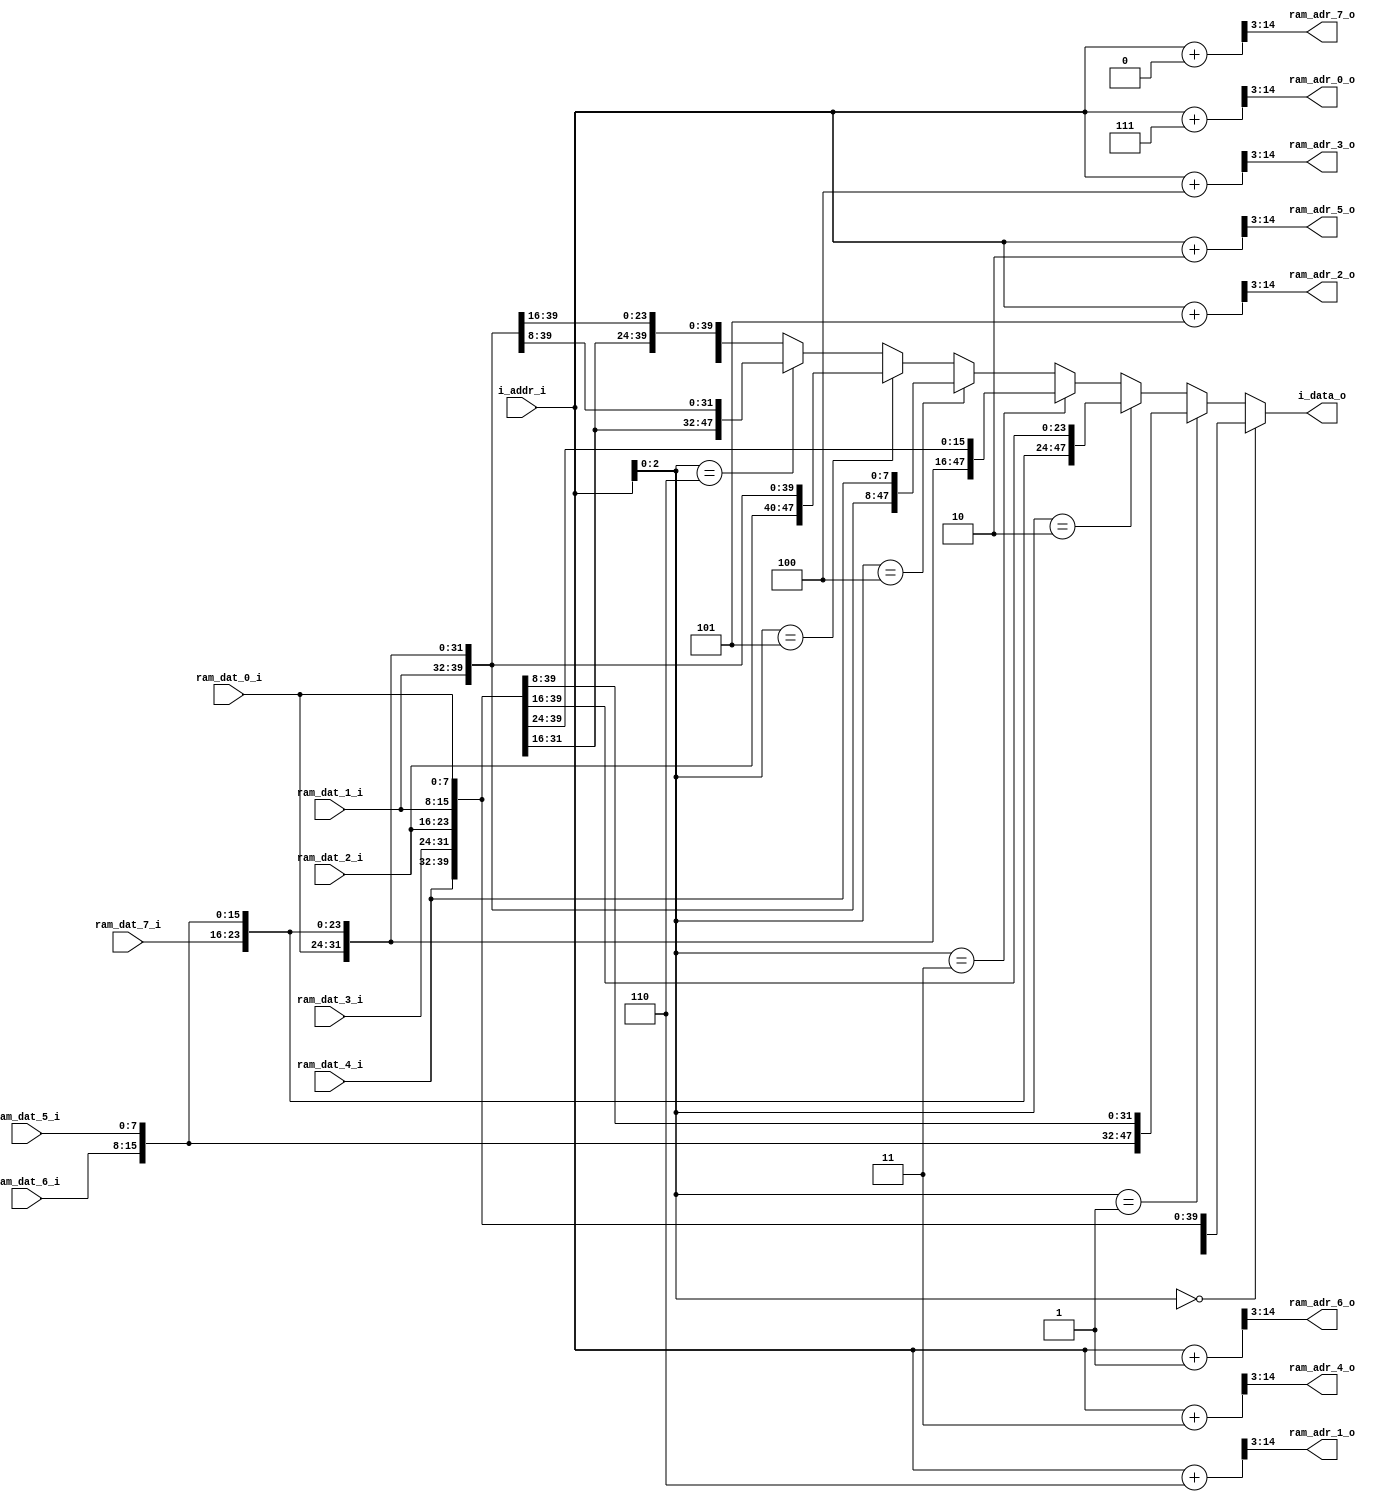
module checker_mpu_to_ram (
  output [47:0] i_data_o,
  input [14:0] i_addr_i,

  output [11:0] ram_adr_0_o,
  output [11:0] ram_adr_1_o,
  output [11:0] ram_adr_2_o,
  output [11:0] ram_adr_3_o,
  output [11:0] ram_adr_4_o,
  output [11:0] ram_adr_5_o,
  output [11:0] ram_adr_6_o,
  output [11:0] ram_adr_7_o,

  input [7:0] ram_dat_0_i,
  input [7:0] ram_dat_1_i,
  input [7:0] ram_dat_2_i,
  input [7:0] ram_dat_3_i,
  input [7:0] ram_dat_4_i,
  input [7:0] ram_dat_5_i,
  input [7:0] ram_dat_6_i,
  input [7:0] ram_dat_7_i
);

wire [2:0] i_addr_mod8 = i_addr_i[2:0];

wire [11:0] ram_adr [7:0];
assign ram_adr_0_o = ram_adr[0];
assign ram_adr_1_o = ram_adr[1];
assign ram_adr_2_o = ram_adr[2];
assign ram_adr_3_o = ram_adr[3];
assign ram_adr_4_o = ram_adr[4];
assign ram_adr_5_o = ram_adr[5];
assign ram_adr_6_o = ram_adr[6];
assign ram_adr_7_o = ram_adr[7];

assign i_data_o = 
  (i_addr_mod8 == 0) ? {ram_dat_5_i, ram_dat_4_i, ram_dat_3_i, ram_dat_2_i,
    ram_dat_1_i, ram_dat_0_i} :
  (i_addr_mod8 == 1) ? {ram_dat_6_i, ram_dat_5_i, ram_dat_4_i, ram_dat_3_i,
    ram_dat_2_i, ram_dat_1_i} :
  (i_addr_mod8 == 2) ? {ram_dat_7_i, ram_dat_6_i, ram_dat_5_i, ram_dat_4_i,
    ram_dat_3_i, ram_dat_2_i} :
  (i_addr_mod8 == 3) ? {ram_dat_0_i, ram_dat_7_i, ram_dat_6_i, ram_dat_5_i,
    ram_dat_4_i, ram_dat_3_i} :
  (i_addr_mod8 == 4) ? {ram_dat_1_i, ram_dat_0_i, ram_dat_7_i, ram_dat_6_i,
    ram_dat_5_i, ram_dat_4_i} :
  (i_addr_mod8 == 5) ? {ram_dat_2_i, ram_dat_1_i, ram_dat_0_i, ram_dat_7_i,
    ram_dat_6_i, ram_dat_5_i} :
  (i_addr_mod8 == 6) ? {ram_dat_3_i, ram_dat_2_i, ram_dat_1_i, ram_dat_0_i,
    ram_dat_7_i, ram_dat_6_i} :
                       {ram_dat_4_i, ram_dat_3_i, ram_dat_2_i, ram_dat_1_i,
    ram_dat_0_i, ram_dat_7_i};

genvar ram_index;
generate for (ram_index=0; ram_index < 8; ram_index=ram_index+1) 
begin: gen_conv
  assign ram_adr[ram_index] = (i_addr_i + (7 - ram_index)) >> 3;  
end
endgenerate

// assign ram_adr[0] = (i_addr_i + 7) >> 3;
// assign ram_adr[1] = (i_addr_i + 6) >> 3;
// assign ram_adr[2] = (i_addr_i + 5) >> 3;
// assign ram_adr[3] = (i_addr_i + 4) >> 3;
// assign ram_adr[4] = (i_addr_i + 3) >> 3;
// assign ram_adr[5] = (i_addr_i + 2) >> 3;
// assign ram_adr[6] = (i_addr_i + 1) >> 3;
// assign ram_adr[7] = (i_addr_i    ) >> 3;

endmodule